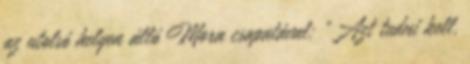
az utolsó helyen álló Mora csapatával: „Azt tudni kell,